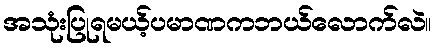
အသုံးပြုရမယ့်ပမာဏကဘယ်လောက်လဲ။